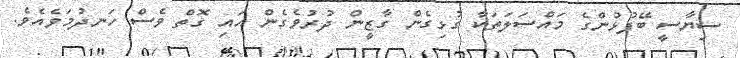
ސިޔާސީ ބޭފުޅުންގެ މައްސަލަތަކާ ގުޅިގެން ގާޒީން ދުރުވެގެން އައި ގޮތް ވެސް ހަނދުމަވެއެވެ.